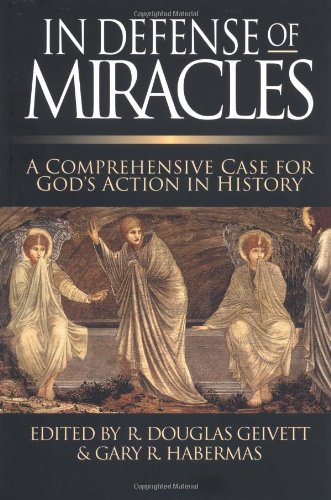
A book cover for In Defense of Miracles: A Comprehensive Case for God's Action in History; Christian Books & Bibles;